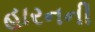
હારનની